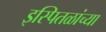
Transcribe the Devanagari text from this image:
इस्पितळांच्या